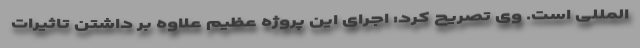
المللی است. وی تصریح کرد: اجرای این پروژه عظیم علاوه بر داشتن تاثیرات